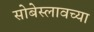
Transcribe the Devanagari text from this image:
सोबेस्लावच्या